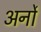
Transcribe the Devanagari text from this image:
अर्नो